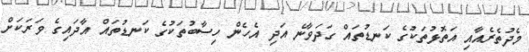
މެދުތެރެއާއި އަތޮޅުތަކުގެ ކަނޑުތައް ގަދަވާނެ އަދި އެހެން ހިސާބުތަކުގެ ކަނޑުތައް އާދައިގެ ވަރަކަށް